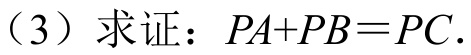
（3）求证：$PA + PB=PC$.